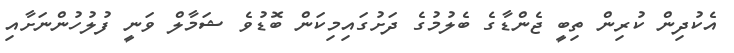
އެކުދިން ކުރިން ތިބީ ޖެންޑާގެ ބެލުމުގެ ދަށުގައިމިކަން ބޮޑުވެ ޝަމާލް ވަނީ ފުލުހުންނަށާއި